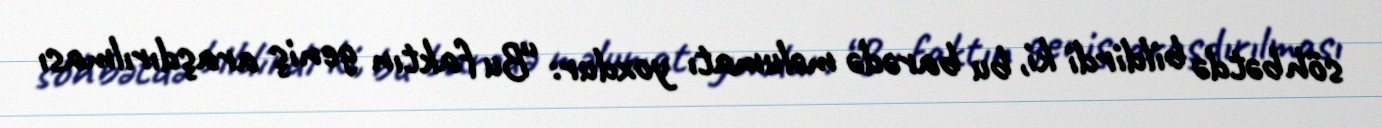
söhbətdə bildirdi ki, bu barədə məlumatı yoxdur: “Bu faktın geniş araşdırılması